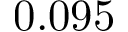
0 . 0 9 5